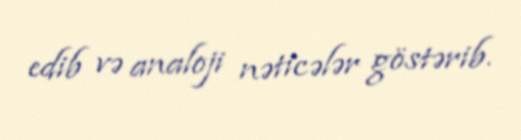
edib və analoji nəticələr göstərib.